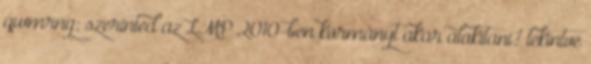
qwmrng: szerinted az LMP 2010-ben kormányt akar alakítani? tekintve